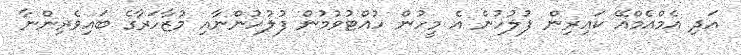
އަދި އެމްއެމްއޭ ކައިރިން ފުލުހުން އެ މީހުން ހުއްޓުވުމުން ފުލުހުންނާއި މުޒާހަރާގެ ބައިވެރިންނާ